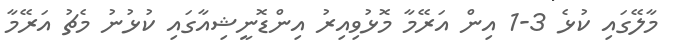
މާލޭގައި ކުޅެ 3-1 އިން އަރޭމާ މޮޅުވިއިރު އިންޑޮނީޝިއާގައި ކުޅުނު މެޗު އަރޭމާ